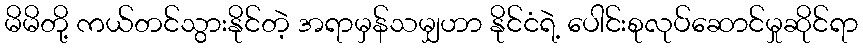
မိမိတို့ ကယ်တင်သွားနိုင်တဲ့ အရာမှန်သမျှဟာ နိုင်ငံရဲ့ ပေါင်းစုလုပ်ဆောင်မှုဆိုင်ရာ